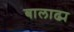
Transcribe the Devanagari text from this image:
बालाढ्य